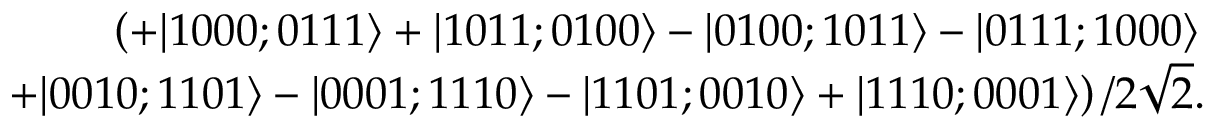
\begin{array} { r l r } & { } & { \left( + | 1 0 0 0 ; 0 1 1 1 \rangle + | 1 0 1 1 ; 0 1 0 0 \rangle - | 0 1 0 0 ; 1 0 1 1 \rangle - | 0 1 1 1 ; 1 0 0 0 \rangle \right. } \\ & { } & { \left. ~ + | 0 0 1 0 ; 1 1 0 1 \rangle - | 0 0 0 1 ; 1 1 1 0 \rangle - | 1 1 0 1 ; 0 0 1 0 \rangle + | 1 1 1 0 ; 0 0 0 1 \rangle \right) / 2 \sqrt { 2 } . } \end{array}